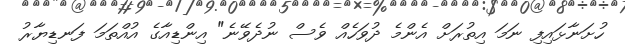
ހުށަނާޅައިފި ނަމަ އިތުރަށް އެންމެ ދުވަހެއް ވެސް ނުދެވޭނެ" އިންޑިއާގެ އުއްތަމަ ފަނޑިޔާރު